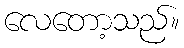
လေတော့သည်။